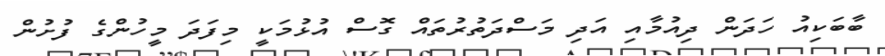
ބާބަކިއު ހަދަން ދިއުމާއި އަދި މަސްދަތުރުތައް ގޮސް އުޅުމަކީ މިފަދަ މީހުންގެ ފުށުން